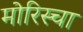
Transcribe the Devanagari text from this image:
मोरिस्चा